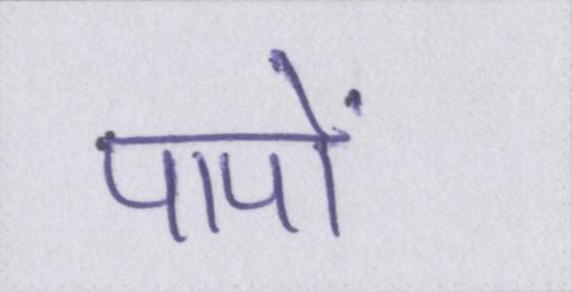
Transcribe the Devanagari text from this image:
पापों